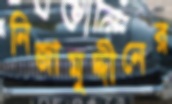
নিজামুদ্দীনের